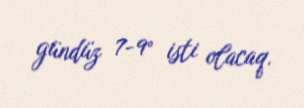
gündüz 7-9° isti olacaq.